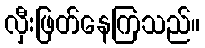
လှီးဖြတ်နေကြသည်။